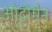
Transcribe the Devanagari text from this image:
ओट्टोमैन